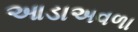
આડાઅવળા